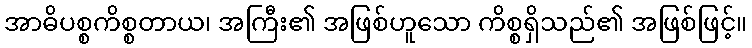
အာဓိပစ္စကိစ္စတာယ၊ အကြီး၏ အဖြစ်ဟူသော ကိစ္စရှိသည်၏ အဖြစ်ဖြင့်။